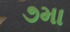
૭મા